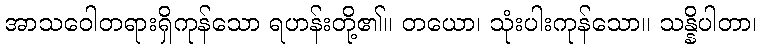
အာသဝေါတရားရှိကုန်သော ရဟန်းတို့၏။ တယော၊ သုံးပါးကုန်သော။ သန္နိပါတာ၊